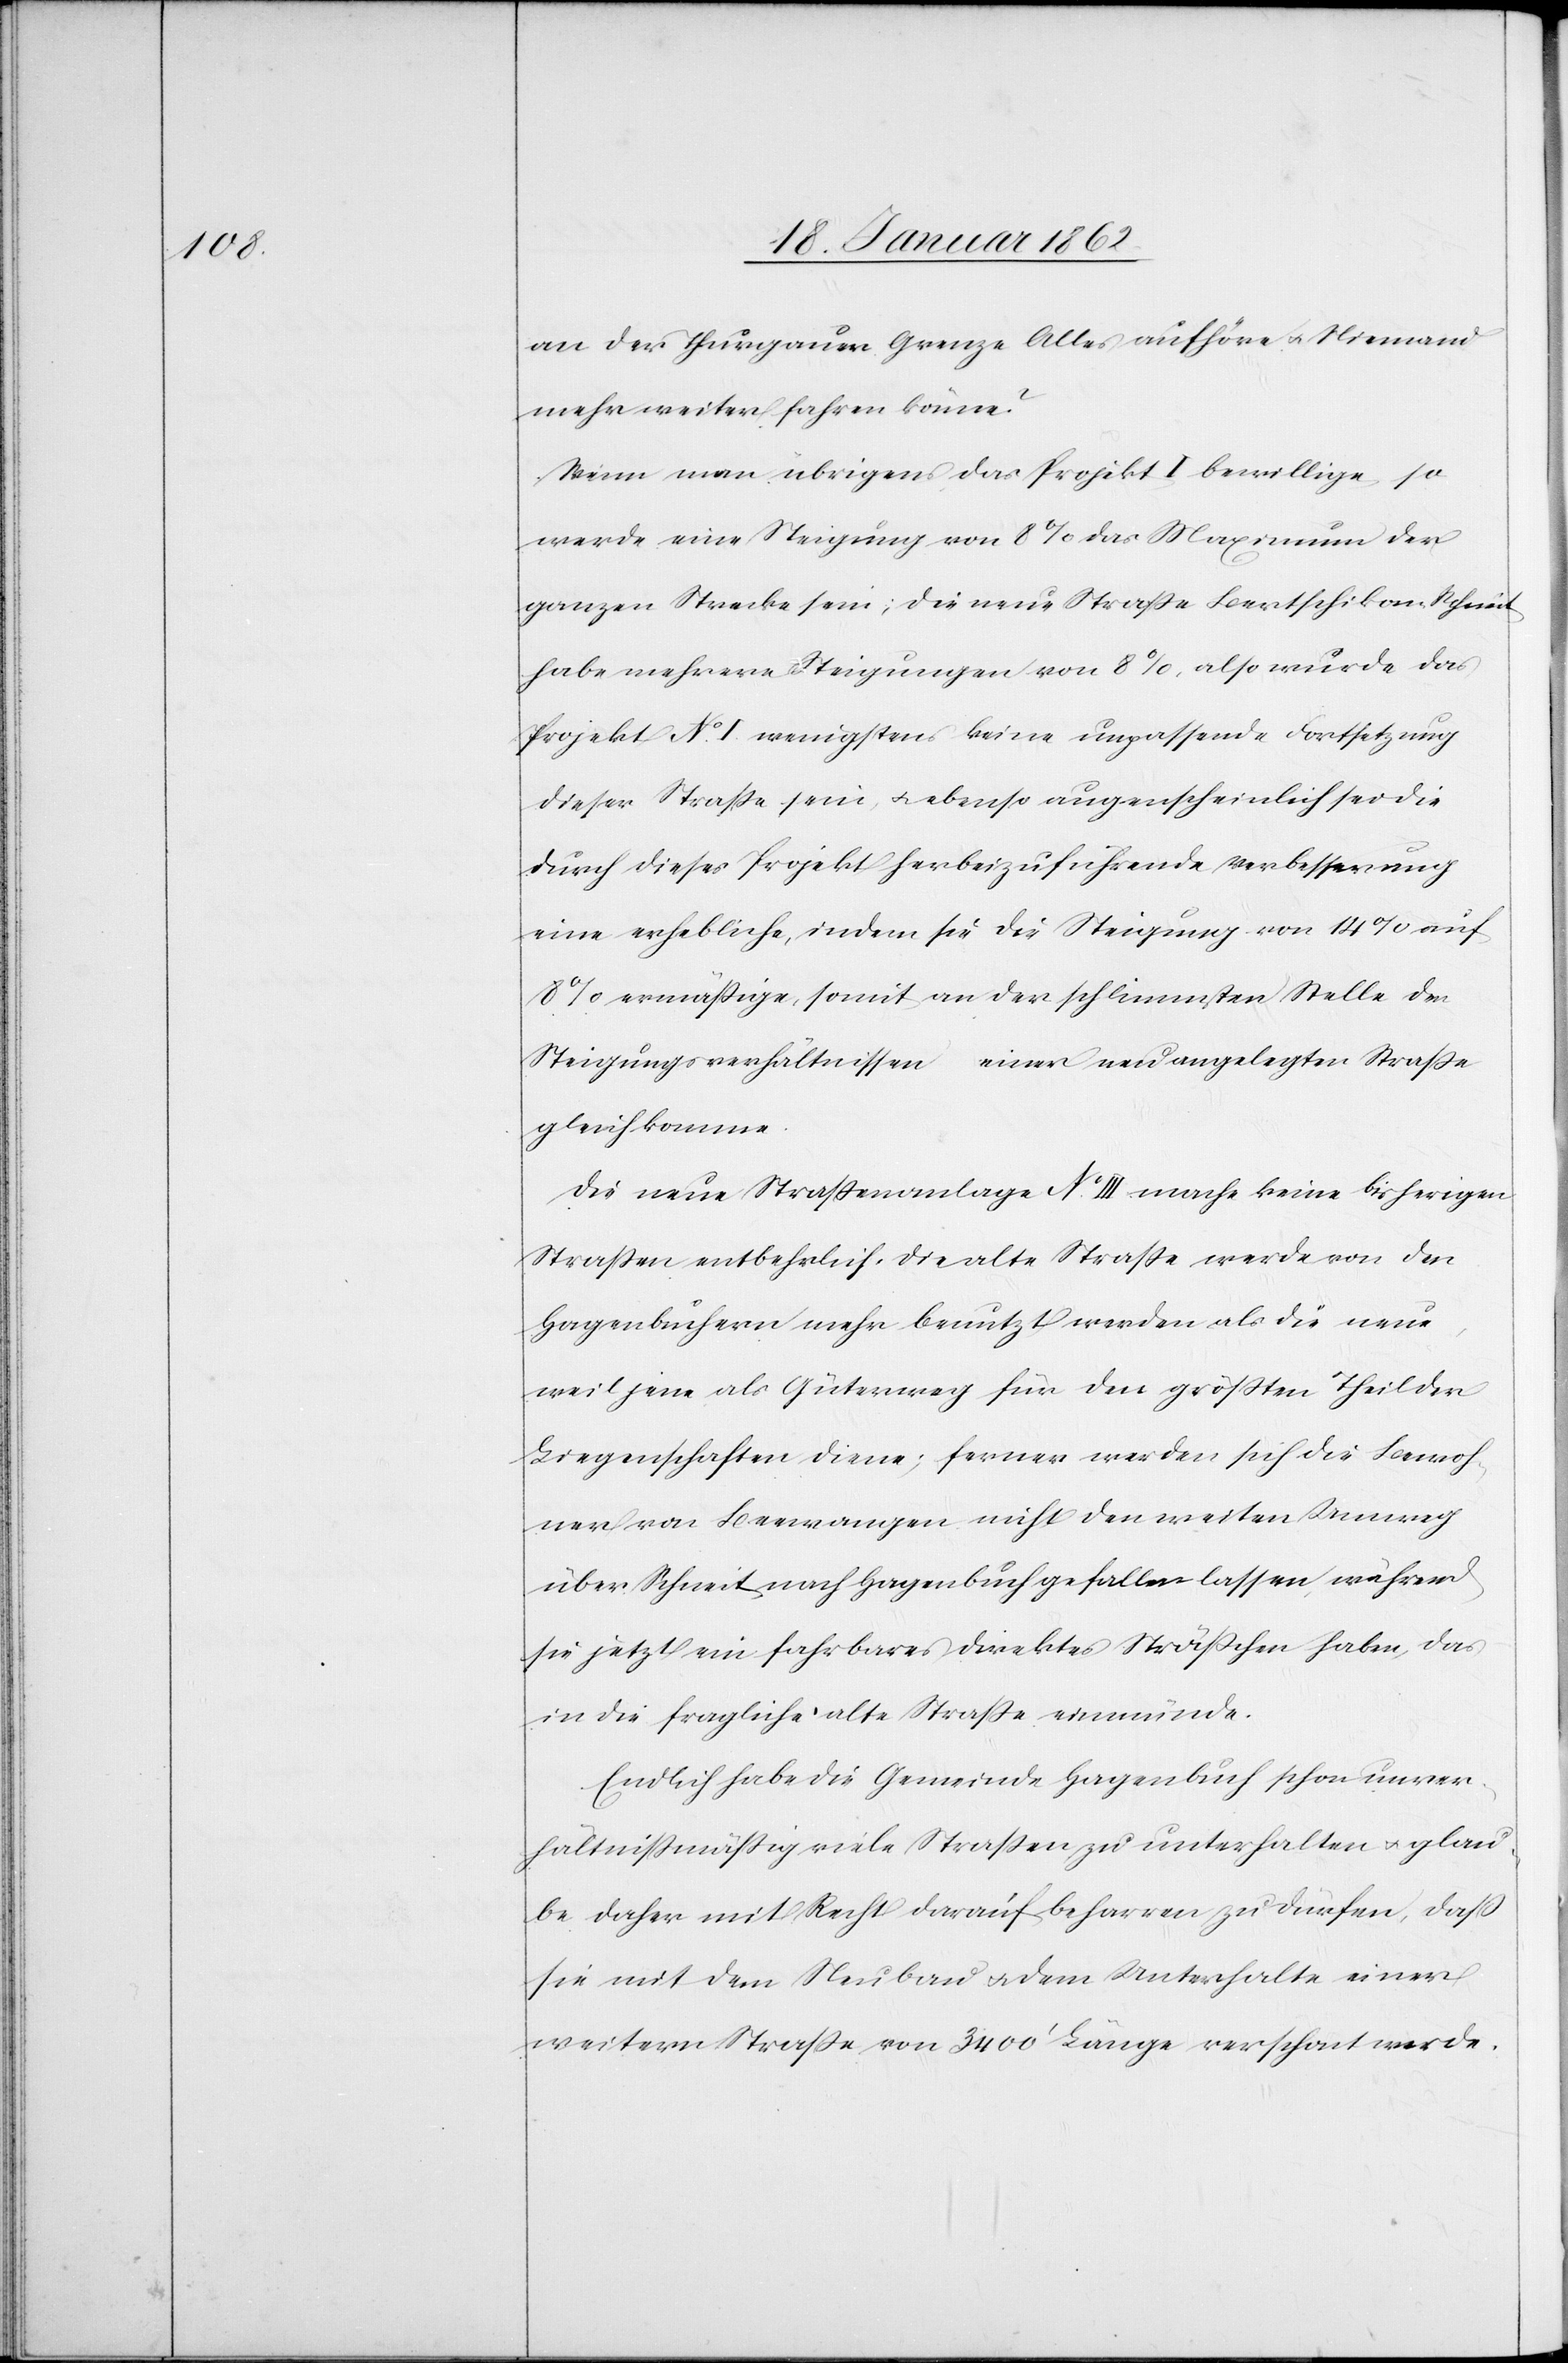
an der Thurgauer Grenze Alles aufhöre u. Niemand
mehr weiter fahren könne?
Wenn man übrigens das Projekt I bewillige, so
werde eine Steigung von 8% das Maximum der
ganzen Strecke sein; die neue Straße Bertschikon Schneit
habe mehrere Steigungen von 8%, also würde das
Projekt No. I. wenigstens keine unpassende Fortsetzung
dieser Straße sein, u. ebenso augenscheinlich sei die
durch dieses Projekt herbeizuführende Verbesserung
eine erhebliche, indem sie die Steigung von 14% auf
8% ermäßige, somit an der schlimmsten Stelle den
Steigungsverhältnissen einer neu angelegten Straße
gleichkomme.
Die neue Straßenanlage No. III mache keine bisherigen
Straßen entbehrlich, die alte Straße werde von den
Hagenbuchern mehr benutzt werden als die neue,
weil jene als Güterweg für den größten Theil der
Liegenschaften diene; ferner werden sich die Bewoh¬
ner von Beewangen nicht den weiten Umweg
über Schneit nach Hagenbuch gefallen lassen, während
sie jetzt ein fahrbares direktes Sträßchen haben, das
in die fragliche alte Straße einmünde.
Endlich habe die Gemeinde Hagenbuch schon unver¬
hältnißmäßig viele Straßen zu unterhalten u. glau¬
be daher mit Recht darauf beharren zu dürfen, daß
sie mit dem Neubau u. dem Unterhalte einer
weitern Straße von 3400’ Länge verschont werde.